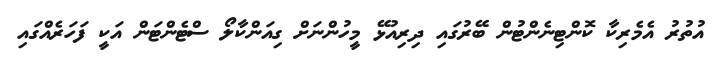
އުތުރު އެމެރިކާ ކޮންޓިނެންޓުން ބޭރުގައި ދިރިއުޅޭ މީހުންނަށް ގިއަންކާލޯ ސްޓެންޓަން އަކީ ފަހަރެއްގައި